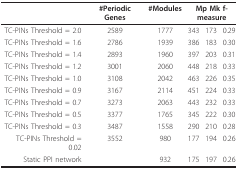
|  | #Periodic Genes | #Modules | <COLSPAN=3> Mp Mk f-measure |
 | --- | --- | --- | --- | --- | --- |
 | TC-PINs Threshold = 2.0 | 2589 | 1777 | 343 | 173 | 0.29 |
 | TC-PINs Threshold = 1.6 | 2786 | 1939 | 386 | 183 | 0.30 |
 | TC-PINs Threshold = 1.4 | 2893 | 1960 | 397 | 203 | 0.31 |
 | TC-PINs Threshold = 1.2 | 3001 | 2060 | 448 | 218 | 0.33 |
 | TC-PINs Threshold = 1.0 | 3108 | 2042 | 463 | 226 | 0.35 |
 | TC-PINs Threshold = 0.9 | 3167 | 2114 | 451 | 224 | 0.33 |
 | TC-PINs Threshold = 0.7 | 3273 | 2063 | 443 | 232 | 0.33 |
 | TC-PINs Threshold = 0.5 | 3377 | 1765 | 345 | 222 | 0.30 |
 | TC-PINs Threshold = 0.3 | 3487 | 1558 | 290 | 210 | 0.28 |
 | TC-PINs Threshold = 0.02 | 3552 | 980 | 177 | 194 | 0.26 |
 | Static PPI network |  | 932 | 175 | 197 | 0.26 |